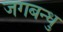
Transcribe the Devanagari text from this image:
जगबन्धु